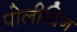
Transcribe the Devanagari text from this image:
पोलीथिन